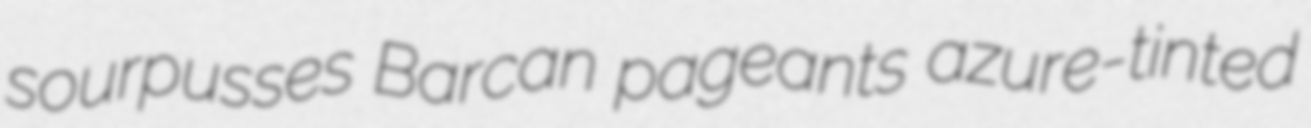
sourpusses Barcan pageants azure-tinted